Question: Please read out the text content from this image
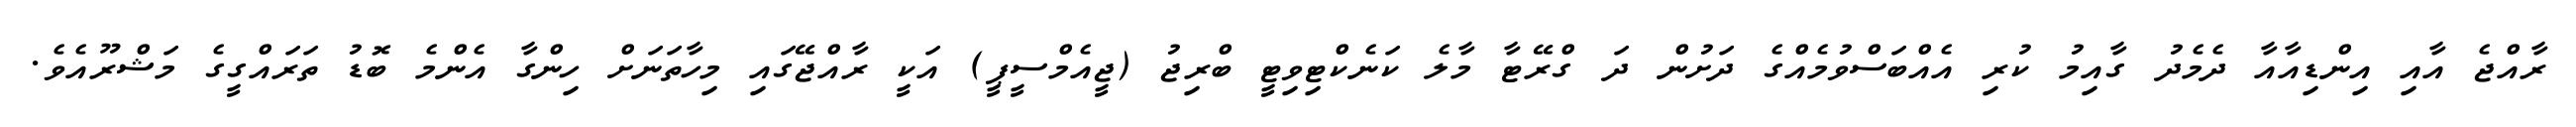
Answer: ރާއްޖެ އާއި އިންޑިއާއާ ދެމެދު ގާއިމު ކުރި އެއްބަސްވުމެއްގެ ދަށުން ދަ ގްރޭޓާ މާލެ ކަނެކްޓިވިޓީ ބްރިޖު (ޖީއެމްސީޕީ) އަކީ ރާއްޖޭގައި މިހާތަނަށް ހިންގާ އެންމެ ބޮޑު ތަރައްގީގެ މަޝްރޫއެވެ.